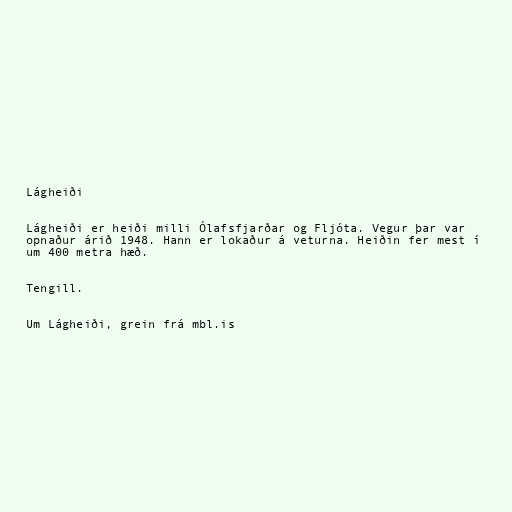
Lágheiði

Lágheiði er heiði milli Ólafsfjarðar og Fljóta. Vegur þar var
opnaður árið 1948. Hann er lokaður á veturna. Heiðin fer mest í
um 400 metra hæð.

Tengill.

Um Lágheiði, grein frá mbl.is